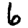
Digit: 6